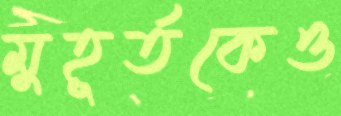
মুহূর্তকেও